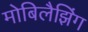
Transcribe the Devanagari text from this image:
मोबिलैझिंग